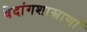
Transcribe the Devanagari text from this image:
वेदांगशास्त्राणां